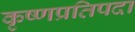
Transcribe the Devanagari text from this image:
कृष्णप्रतिपदा